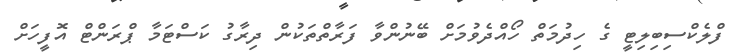
ފްލެކްސިބިލިޓީ ގެ ހިދުމަތް ހޯއްދެވުމަށް ބޭނުންވާ ފަރާތްތަކުން ދިރާގު ކަސްޓަމާ ޕްރަންޓް އޮފީހަށް